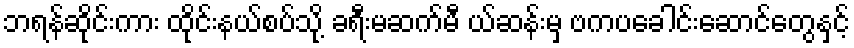
ဘရန်ဆိုင်းကား ထိုင်းနယ်စပ်သို့ ခရီးမဆက်မီ ယ်ဆန်းမှ ဗကပခေါင်းဆောင်တွေနှင့်